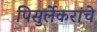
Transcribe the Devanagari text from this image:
पिसुर्लेकरांचे